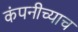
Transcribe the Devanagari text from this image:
कंपनीच्याच